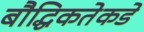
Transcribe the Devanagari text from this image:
बौद्धिकतेकडे